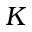
K